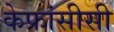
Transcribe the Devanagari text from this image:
केफ्रांसीसी